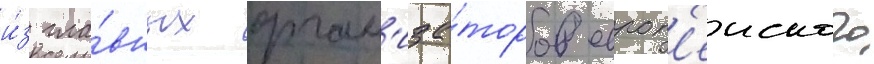
и́з гла́вных орган'иза́торов европ'еиского